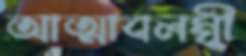
আত্মাবলম্বী